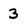
Character: 3